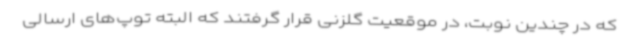
که در چندین نوبت، در موقعیت گلزنی قرار گرفتند که البته توپ‌های ارسالی